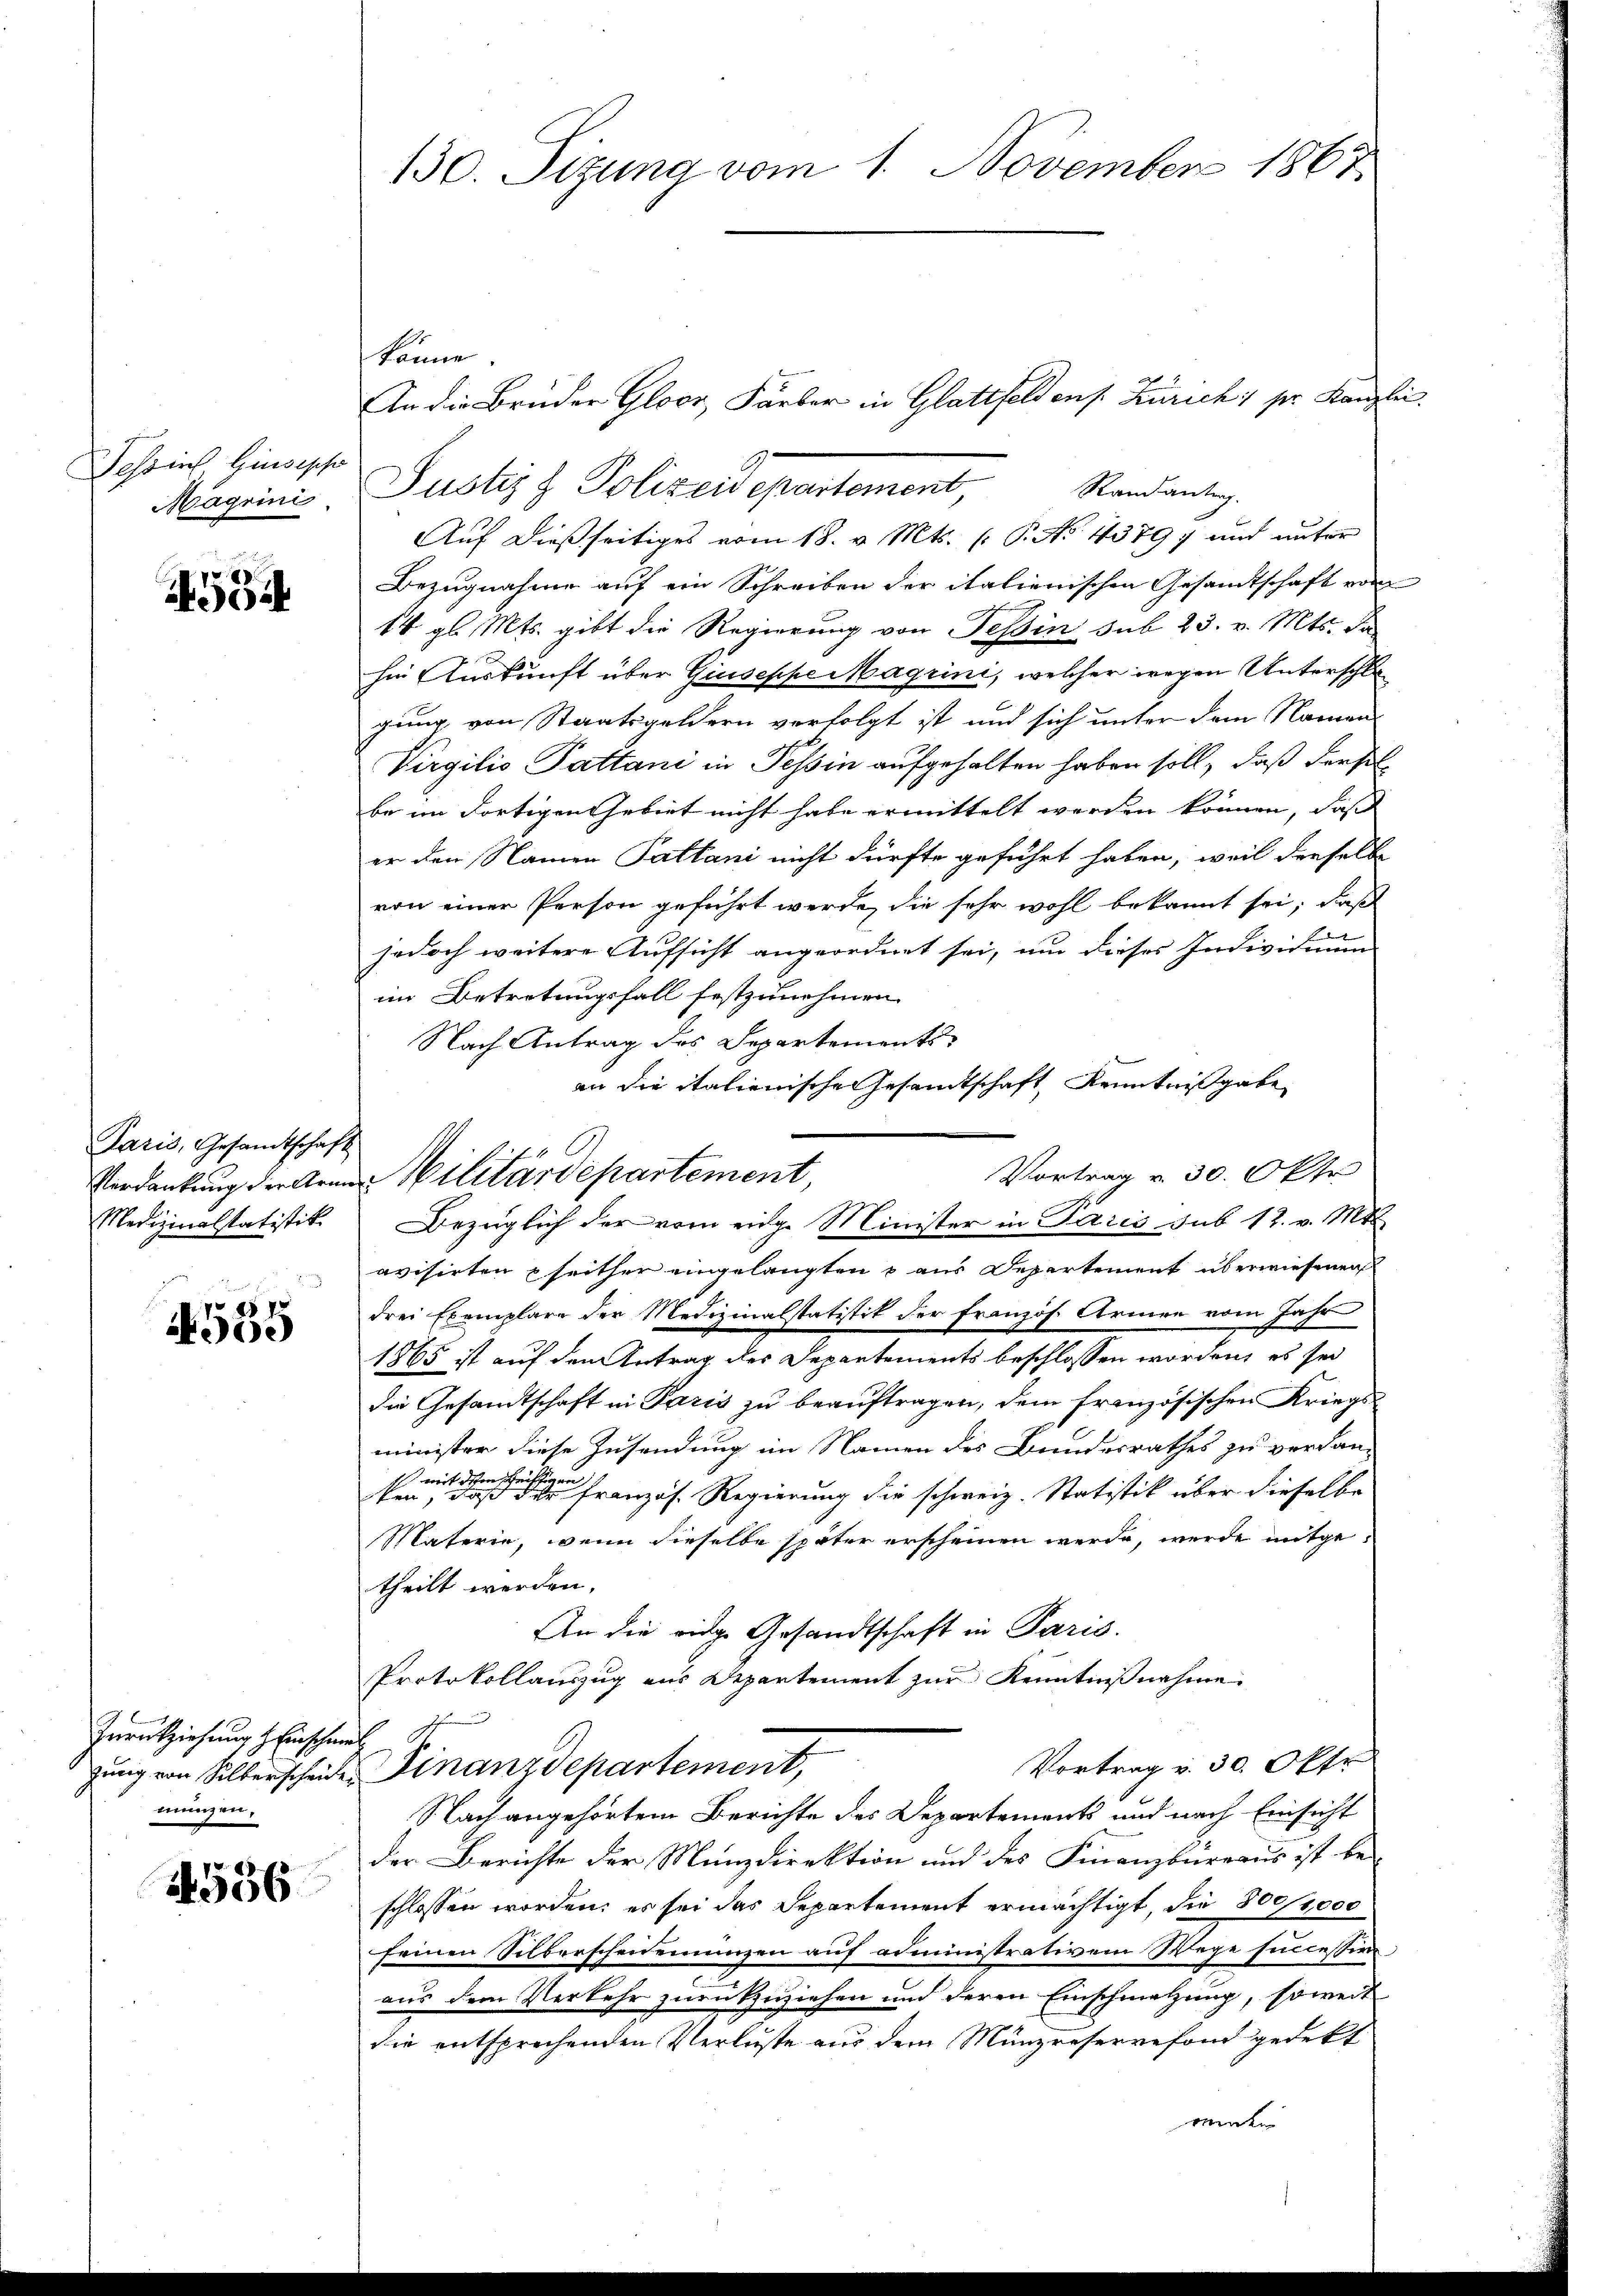
Poszins Giusepso

534

Paris, Gesamtschaft
Medizinalstatistik.

25 x
9e)

Zurückziehung. Einschweil
mungen.

1556

130. Sizung vom 1. November 1867

könne
Auf dießseitiges vom 18. v. Mts. (: P. No 1379, und unter
Bezugnahme auf ein Schreiben der italienischen Gesandtschaft vom
14 gl. Mts. gibt die Regierung von Tessin sub 23. v. Mts. da
hin Auskunft über Giuseppe Magrini, welcher wegen Unterschlagung, von Staatsgeldern verfolgt ist und sich unter dem Namen
Virgilio Pattani in Tessin aufgehalten haben soll, daß derselbe im dortigen Gebiet nicht habe ermittelt werden können, daß
er den Namen Pattani nicht dürfte geführt haben, weil derselbe
von einer Person geführt werde, die sehr wohl bekannt sei, daß
jedoch weitere Aufsicht angeordnet sei, um dieses Individium
im Betretungsfall festzunehmen.
Nach Antrag des Departements
an die italienische Gesandtschaft Kenntnißgabe
Vortrag u. 30. Okto
Verdankung der Armen Militärdepartement,
Bezüglich der vom eige Minister in Paris sub 12. v. Mts.
avisirten seither eingelangten & aus Departement überwiesenen
drei Exemplare der Medizinalstatistik der Französ. Armen vom Jahr
1865 ist auf den Antrag der Departements beschlossen worden, es sei
die Gesandtschaft in Paris zu beauftragen, dem französischen Kriegsminister diese Zusendung im Namen des Bundesrathes zu verdan¬
             Französ. Regierung die schweiz. Statistik über dieselbe
Materie, wenn dieselbe später erscheinen werde, werde mitgetheilt werden.
An die eidge Gesandtschaft in Paris.
Protokollauszug aus Departement zur Kenntnißnahme.

Randantag.
Magrini Justiz & Polizeidepartement

An die Brüder Gloor, Färber in Glattfelden s. Zürich; pr. Kanzlei

Vortrag v. 30. Okt
zung von Silberscheide Finanzdepartement,
Nach angehörtem Berichte des Departements und nach Einsicht

der Berichte der Münzdirektion und des Finanzbüreaus ist be-
schlossen worden, es sei das Departement ermächtigt, die 80 reco
seinen Silberscheidenungen auf administrativem Wege successive
aus dem Verkehr zurückzuziehen und deren Einschmatzung, soweit
die entsprechenden Verluste aus dem Münzreservefond gedekt
wenden